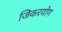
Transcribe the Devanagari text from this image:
जिकरयोग